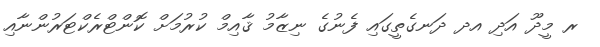
ރ މީދޫ އަދި އދ ދަނގެތީގައި ފެނުގެ ނިޒާމު ޤާއިމް ކުރުމަށް ކޮންޓްރެކްޓަރުންނާއި